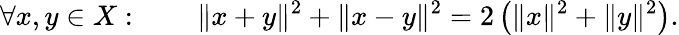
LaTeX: \forall x,y\in X:\qquad\| x+y\| ^{2}+\| x-y\| ^{2}=2\left(\| x\| ^{2}+\| y\| ^{2}\right).